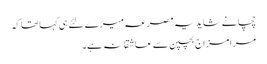
چچا نے شاید یہ مصرعہ میرے لئے ہی کہا تھا کہ
مرا مزاج بچپن سے عاشقانہ ہے۔